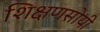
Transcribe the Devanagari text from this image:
शिक्षणसोयी